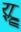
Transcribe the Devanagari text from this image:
र्‍ाॣ